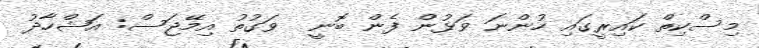
މިސްކިތް ކައިރީގައި ހުންނަ ވަޅުން ފެން ބޮނީ  ވަގުތު އިމޭޖަސް: އަޝްހާދު